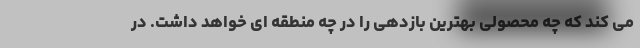
می کند که چه محصولی بهترین بازدهی را در چه منطقه ای خواهد داشت. در